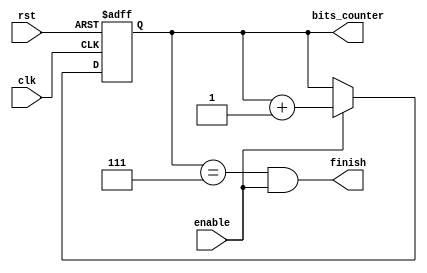
module Bits_Counter #(
    parameter Counter_Size='d3, Start_Point='d0,Num_of_Bits=3'b111
) (
    input   wire                     clk    ,
    input   wire                     rst    ,
    input   wire                     enable ,
    output  reg [Counter_Size-1:0]   bits_counter,
    output  wire                      finish
);
//wire counter_rst;




    always @(posedge clk or negedge rst) begin
        if (!rst) begin
            bits_counter<=Start_Point;
        end else if (enable) begin
            bits_counter<=bits_counter+'b1;
        end
    end
                /*
        always @(posedge clk or negedge rst) begin
        if (!rst) begin
            finish<='b0;
        end else if ((bits_counter==Num_of_Bits)&& enable) begin
            finish<='b1;
        end
    end*/
   // assign counter_rst=(~ & rst );
   assign finish=(bits_counter==Num_of_Bits) & enable;
    
endmodule